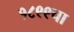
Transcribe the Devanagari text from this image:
१८९९चा